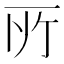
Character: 𫠦